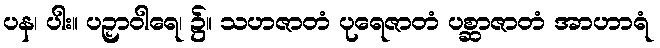
ပန၊ ပါး။ ပဉှာဝါရေ၊ ၌။ သဟဇာတံ ပုရေဇာတံ ပစ္ဆာဇာတံ အာဟာရံ